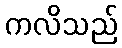
ကလိသည်